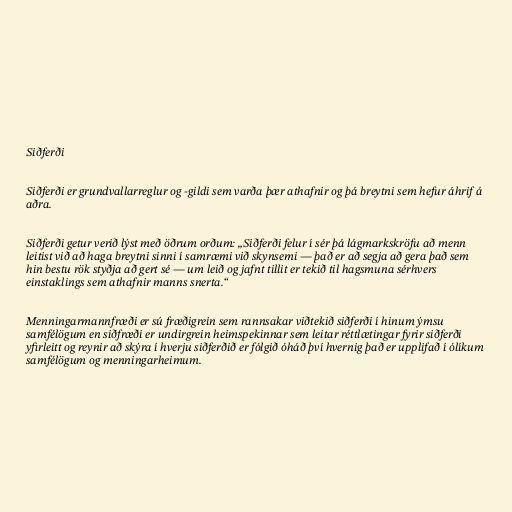
Siðferði

Siðferði er grundvallarreglur og -gildi sem varða þær athafnir og þá breytni sem hefur áhrif á
aðra.

Siðferði getur verið lýst með öðrum orðum: „Siðferði felur í sér þá lágmarkskröfu að menn
leitist við að haga breytni sinni í samræmi við skynsemi — það er að segja að gera það sem
hin bestu rök styðja að gert sé — um leið og jafnt tillit er tekið til hagsmuna sérhvers
einstaklings sem athafnir manns snerta.“

Menningarmannfræði er sú fræðigrein sem rannsakar viðtekið siðferði í hinum ýmsu
samfélögum en siðfræði er undirgrein heimspekinnar sem leitar réttlætingar fyrir siðferði
yfirleitt og reynir að skýra í hverju siðferðið er fólgið óháð því hvernig það er upplifað í ólíkum
samfélögum og menningarheimum.